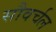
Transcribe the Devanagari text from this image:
सौवर्चल